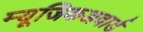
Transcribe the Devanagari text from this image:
म्यूजिकअवार्ड